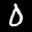
Label: 0